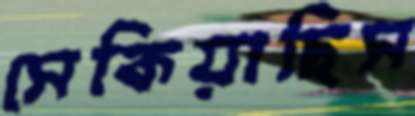
সেকিয়াছিস